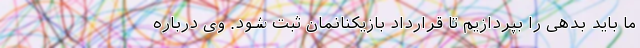
ما باید بدهی را بپردازیم تا قرارداد بازیکنانمان ثبت شود. وی درباره